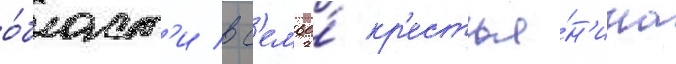
о́бласт'и в с'емье́ кр'естья́н'ина